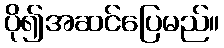
ပို၍အဆင်ပြေမည်။